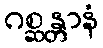
ဂစ္ဆန္တာနံ